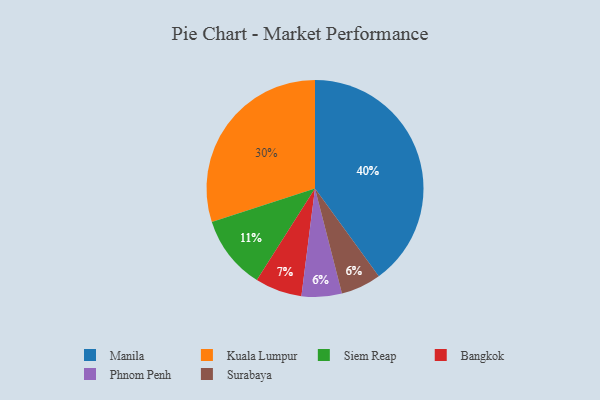
{"axis": {"x": "Category", "y": "Percentage"}, "legend": ["Bangkok", "Kuala Lumpur", "Manila", "Phnom Penh", "Siem Reap", "Surabaya"], "data": [{"x": "Bangkok", "y": 7, "type": "Bangkok"}, {"x": "Kuala Lumpur", "y": 30, "type": "Kuala Lumpur"}, {"x": "Manila", "y": 40, "type": "Manila"}, {"x": "Phnom Penh", "y": 6, "type": "Phnom Penh"}, {"x": "Siem Reap", "y": 11, "type": "Siem Reap"}, {"x": "Surabaya", "y": 6, "type": "Surabaya"}]}